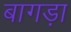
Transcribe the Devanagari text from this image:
बागड़ा